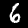
Digit: 6